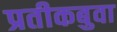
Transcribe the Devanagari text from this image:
प्रतीकबुवा